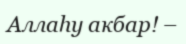
Аллаһу акбар! –